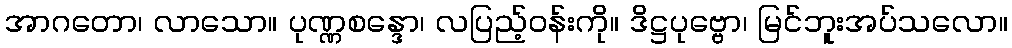
အာဂတော၊ လာသော။ ပုဏ္ဏစန္ဒော၊ လပြည့်ဝန်းကို။ ဒိဋ္ဌပုဗ္ဗော၊ မြင်ဘူးအပ်သလော။